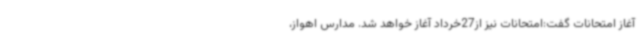
آغاز امتحانات گفت:امتحانات نیز از27خرداد آغاز خواهد شد. مدارس اهواز،